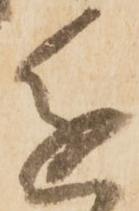
進